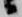
候